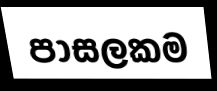
පාසලකම